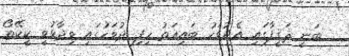
ބަނީ ޘަޤީފާގައި އެދުވަހު ބައިޢަތު ހިފި ދުވަހުގައި ވިދާޅުވީ ކީކޭތޯ